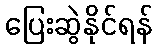
ပြေးဆွဲနိုင်ရန်